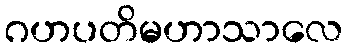
ဂဟပတိမဟာသာလေ